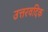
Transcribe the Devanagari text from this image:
उत्तरवदिक